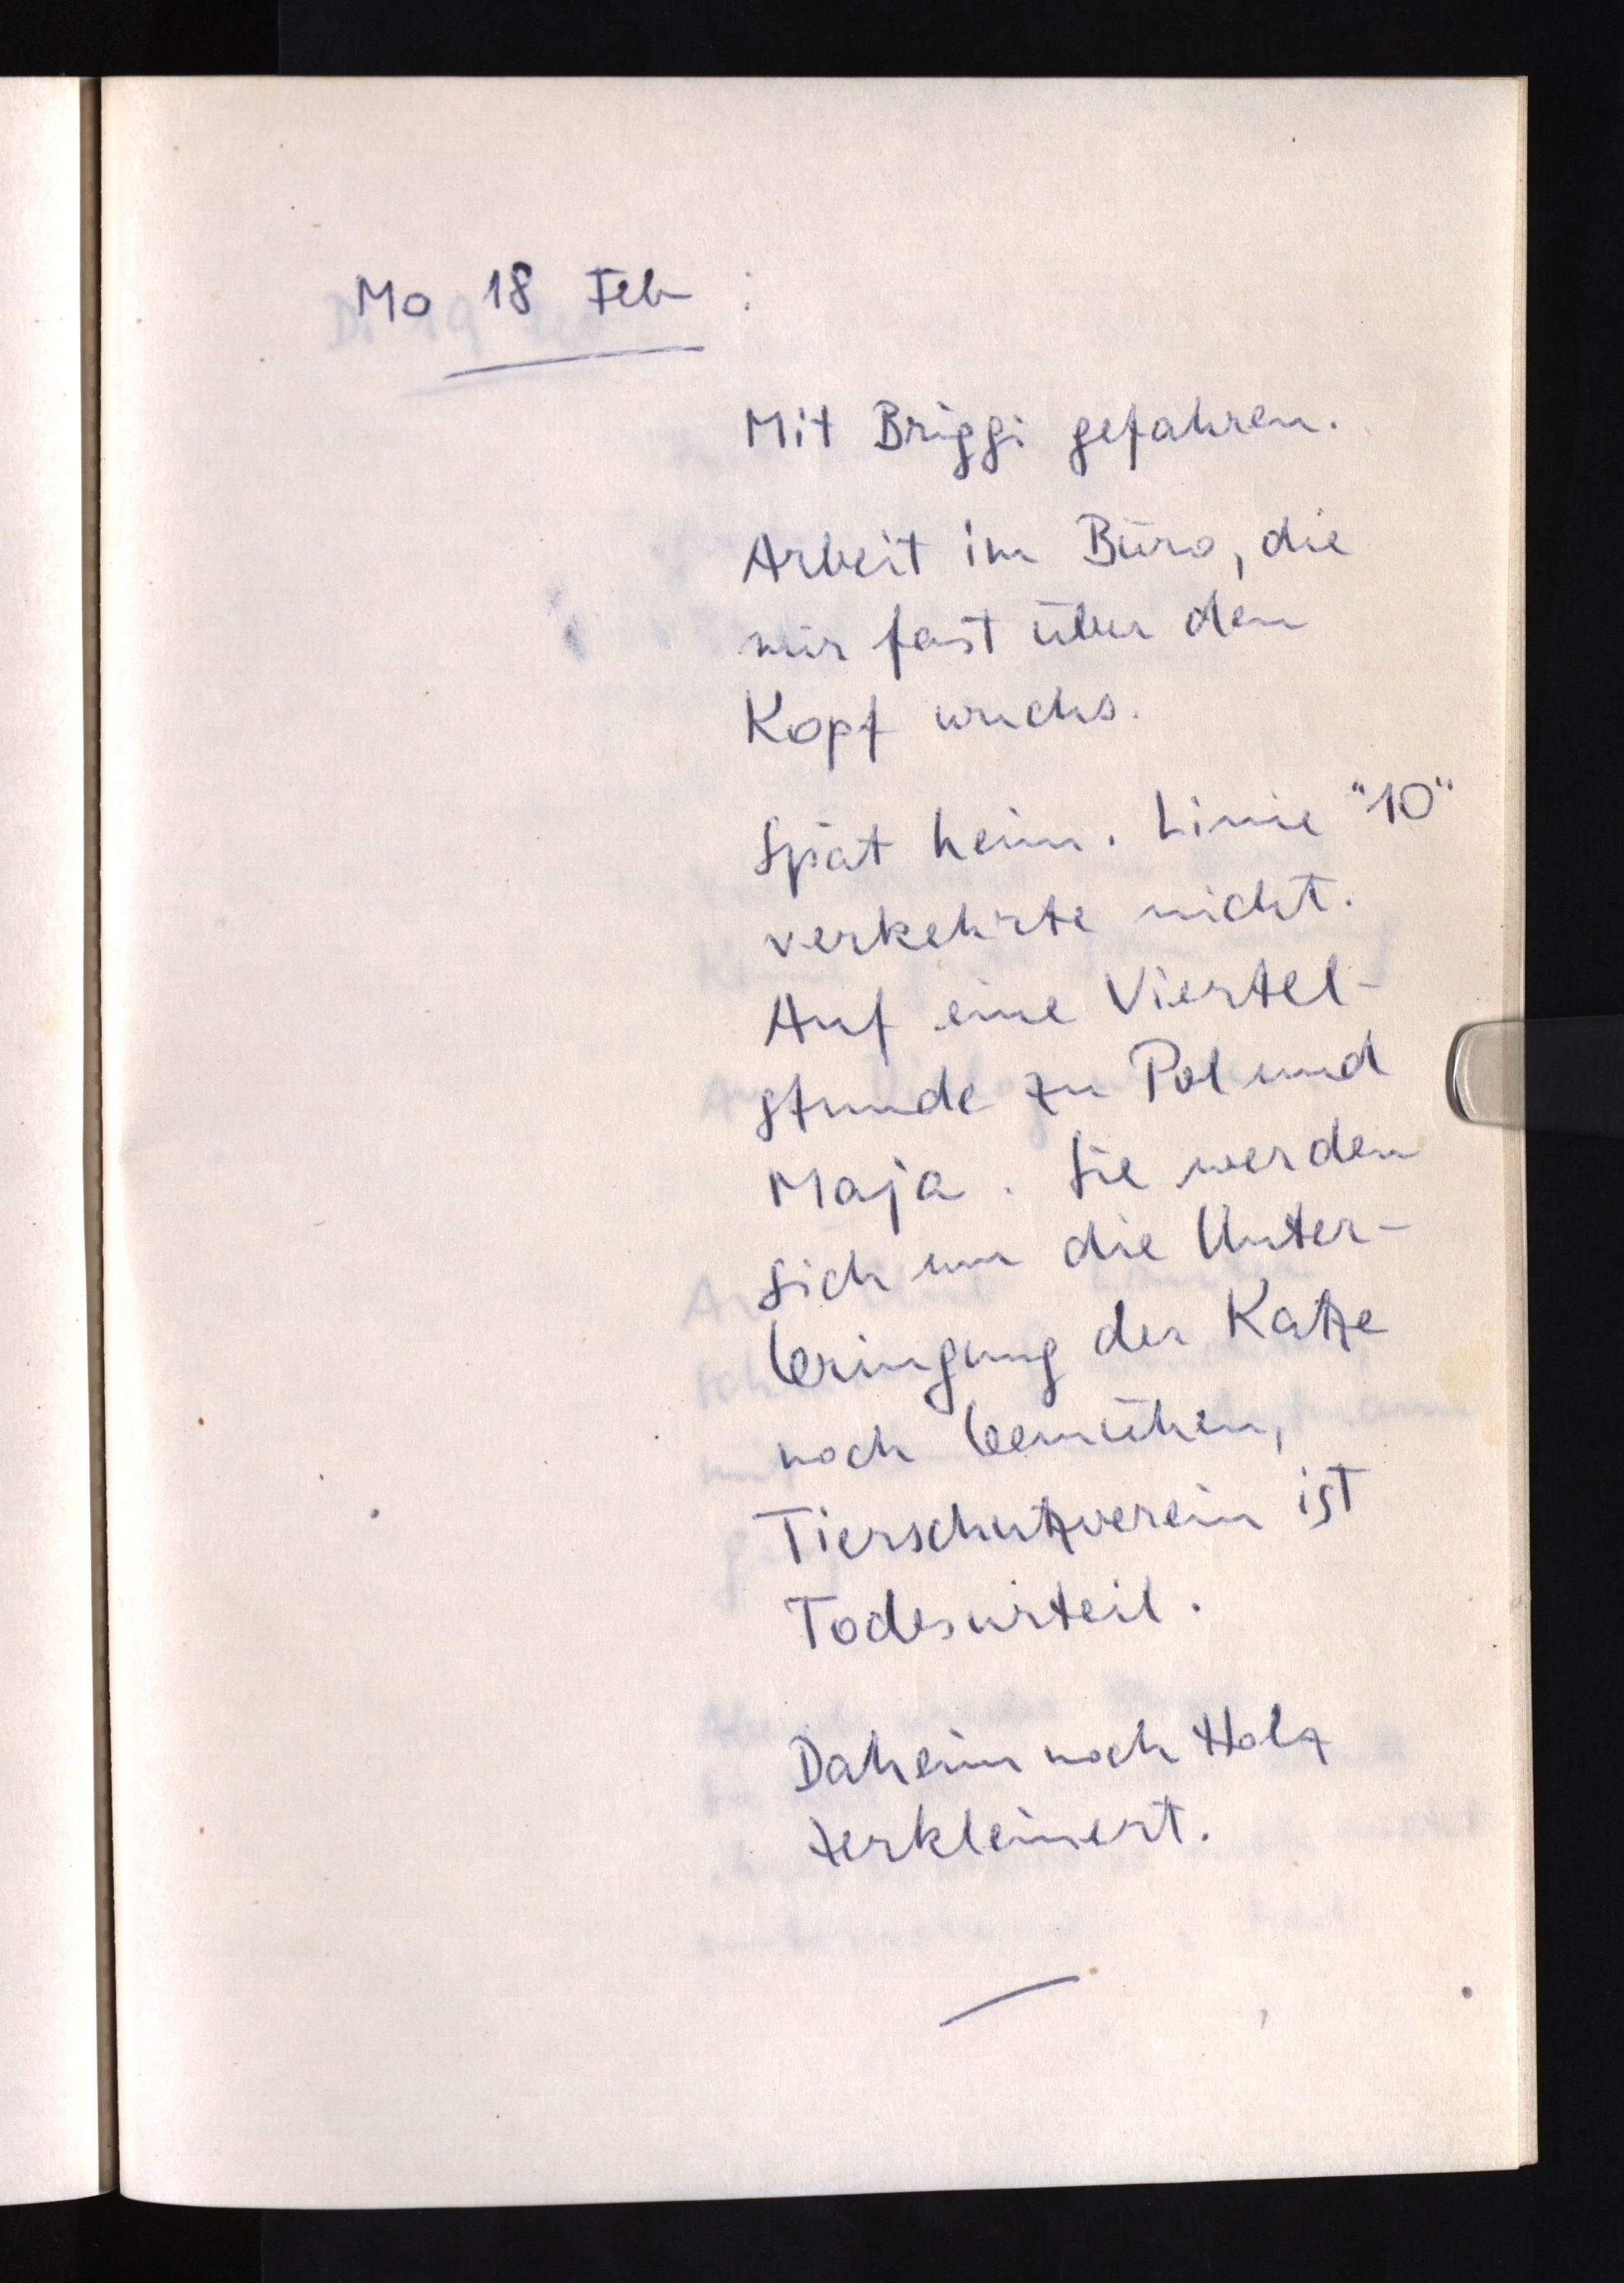
Mo 18 Feb:
Mit Briggi gefahren.
Arbeit im Büro, die
mir fast über den
Kopf wuchs.
Spät heim. Linie "10"
verkehrte nicht.
Auf eine Viertel¬
stunde zu Pol und
Maja. Sie werden
sich um die Unter¬
bringung der Katze
noch bemühen,
Tierschutzverein ist
Todesurteil.
Daheim noch Holz
zerkleinert.